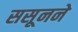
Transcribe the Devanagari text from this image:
ससूनने